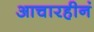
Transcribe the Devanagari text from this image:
आचारहीनं